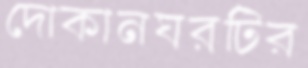
দোকানঘরটির